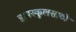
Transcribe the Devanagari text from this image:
हायस्‍कुलसाठी